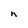
Character: h